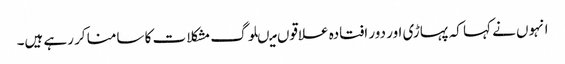
انہوں نے کہا کہ پہاڑی اور دور افتادہ علاقوں میںلوگ مشکلا ت کا سامنا کر رہے ہیں۔